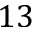
1 3